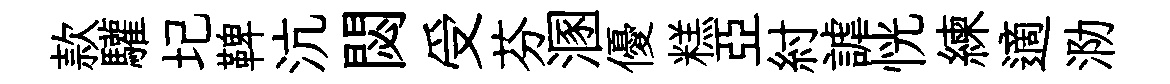
款驩圮鞞沆閟受芬溷優糕亞紂謔恍練適泐